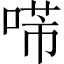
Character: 𠸔